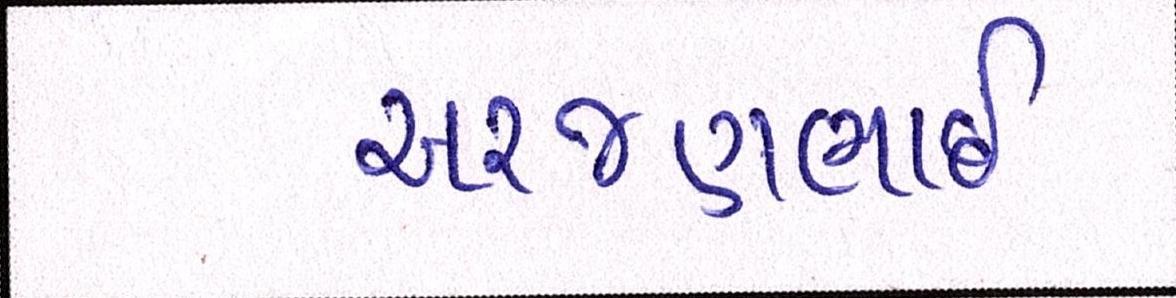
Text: અરજણભાઇ